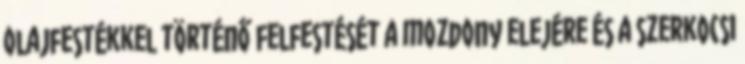
olajfestékkel történő felfestését a mozdony elejére és a szerkocsi